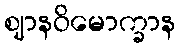
ဈာနဝိမောက္ခာန